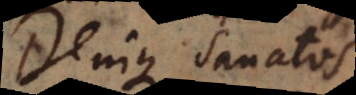
Denique sanatos